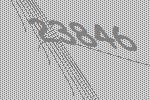
23846